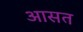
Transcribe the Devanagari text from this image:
आसत